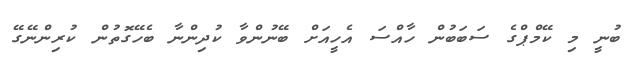
ބުނީ މި ކޭމްޕްގެ ސަބަބުން ހާއްސަ އެހީއަށް ބޭނުންވާ ކުދިންނާ ބެހޭގޮތުން ކުރިންނޭގޭ